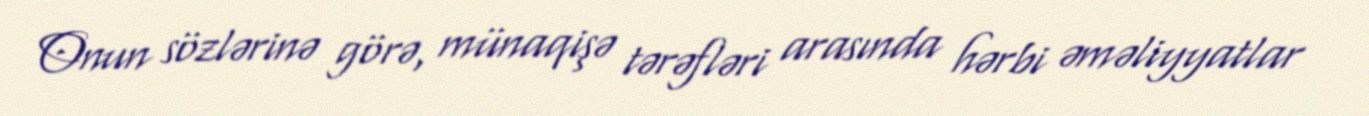
Onun sözlərinə görə, münaqişə tərəfləri arasında hərbi əməliyyatlar